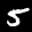
Label: 5